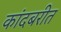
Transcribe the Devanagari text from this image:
कांदबरीत